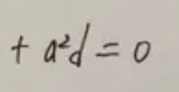
\[
+ a^{2}d = 0
\]